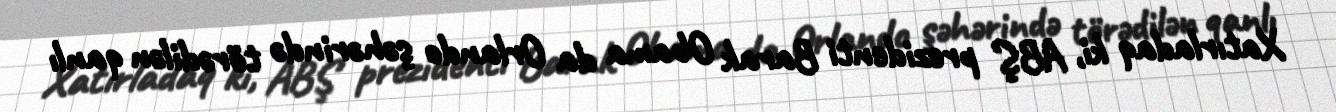
Xatırladaq ki, ABŞ prezidenti Barak Obama da Orlando şəhərində törədilən qanlı